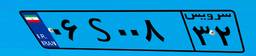
۹۹S۲۶۷۵۸